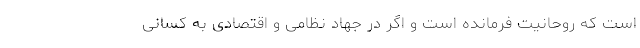
است که روحانیت فرمانده است و اگر در جهاد نظامی و اقتصادی به کسانی